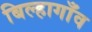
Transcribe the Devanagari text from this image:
बिल्हागाँव